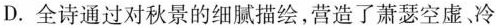
D.全诗通过对秋景的细腻描绘，营造了萧瑟空虚、冷